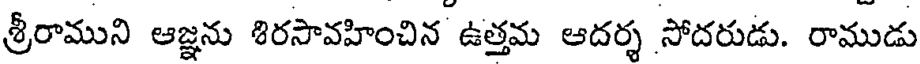
శ్రీరాముని ఆజ్ఞను శిరసావహించిన ఉత్తమ ఆదర్శ సోదరుడు. రాముడు